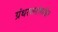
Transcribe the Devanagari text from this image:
ग्रंथरचनांमधील